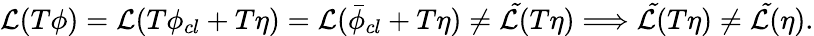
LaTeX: {\cal{L}}(T\phi)={\cal{L}}(T\phi_{cl}+T\eta)={\cal{L}}(\bar{\phi}_{cl}+T\eta)\neq{\cal{\tilde{L}}}(T\eta)\Longrightarrow{\cal{\tilde{L}}}(T\eta)\neq{\cal{\tilde{L}}}(\eta).